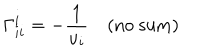
\Gamma _ { i i } ^ { i } = - \frac { 1 } { u _ { i } } \quad ( \mathrm { n o ~ s u m ) }